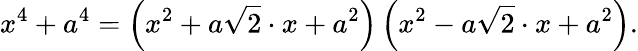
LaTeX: x^{4}+a^{4}=\left(x^{2}+a{\sqrt{2}}\cdot x+a^{2}\right)\left(x^{2}-a{\sqrt{2}}\cdot x+a^{2}\right).